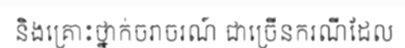
និងគ្រោះថ្នាក់ចរាចរណ៍ ជាច្រើនករណីដែល